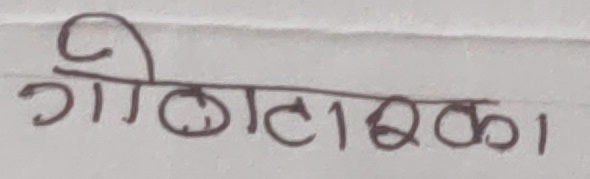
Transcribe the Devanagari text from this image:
गौठाटरका।